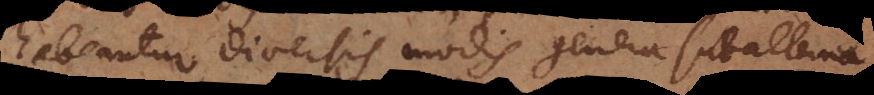
habeantur diversis modis genera subalterna